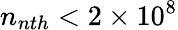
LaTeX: n_{nth}<2\times 10^{8}